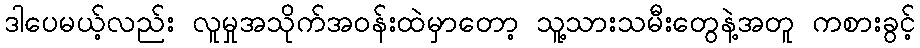
ဒါပေမယ့်လည်း လူမှုအသိုက်အဝန်းထဲမှာတော့ သူ့သားသမီးတွေနဲ့အတူ ကစားခွင့်